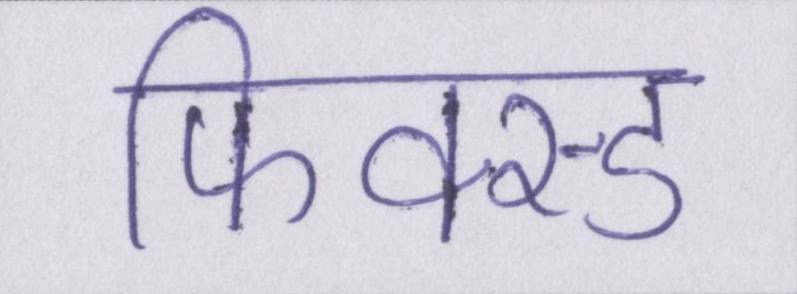
फिक्स्ड